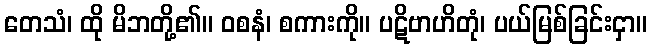
တေသံ၊ ထို မိဘတို့၏။ ဝစနံ၊ စကားကို။ ပဋိဗာဟိတုံ၊ ပယ်မြစ်ခြင်းငှာ။